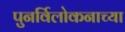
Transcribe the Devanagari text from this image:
पुनर्विलोकनाच्या